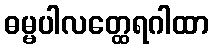
ဓမ္မပါလတ္ထေရဂါထာ